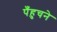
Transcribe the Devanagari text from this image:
पँहुचने